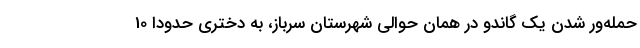
حمله‌ور شدن یک گاندو در همان حوالی شهرستان سرباز، به دختری حدودا 10